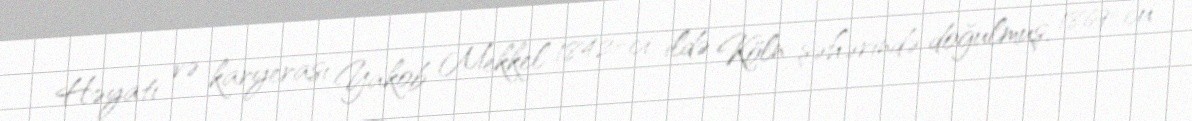
Həyatı və karyerası Yakob Mekkel 1842-ci ildə Köln şəhərində doğulmuş, 1869-cu